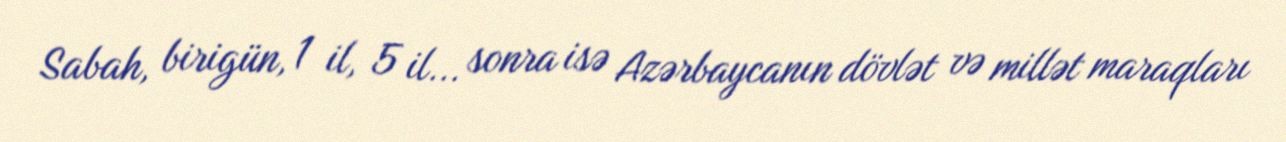
Sabah, birigün, 1 il, 5 il... sonra isə Azərbaycanın dövlət və millət maraqları